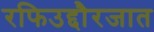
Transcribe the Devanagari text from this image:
रफिउद्दौरजात